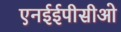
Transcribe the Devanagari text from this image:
एनईईपीसीओ